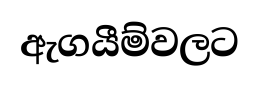
ඇගයීම්වලට